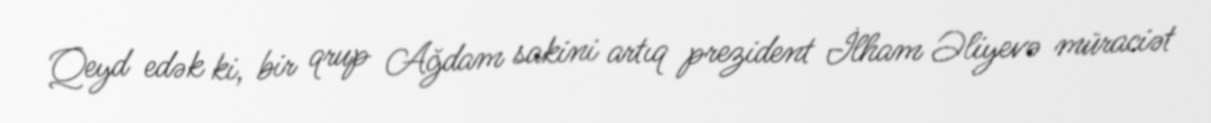
Qeyd edək ki, bir qrup Ağdam sakini artıq prezident İlham Əliyevə müraciət